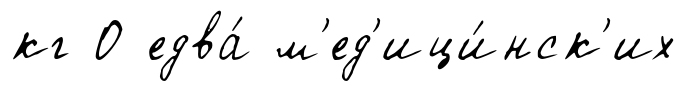
кг О едва́ м'ед'ици́нск'их